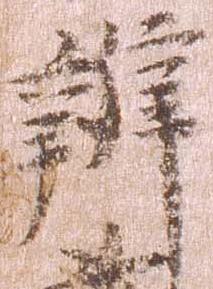
弁